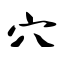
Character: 穴